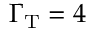
\Gamma _ { \mathrm { T } } = 4